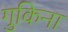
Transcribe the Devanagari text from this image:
गुकिना